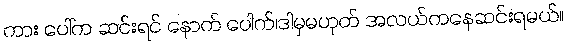
ကား ပေါ်က ဆင်းရင် နောက် ပေါက်၊ဒါမှမဟုတ် အလယ်ကနေဆင်းရမယ်။